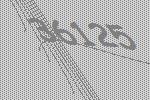
36125